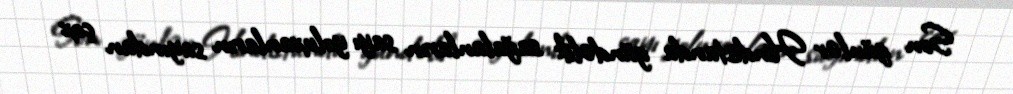
Son günlər Hindistanda gündəlik sağalanların sayı yoluxanların sayından çox